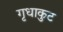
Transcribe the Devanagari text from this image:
गृधाकुट